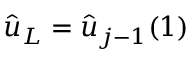
\hat { u } _ { L } = { \hat { u } } _ { j - 1 } ( 1 )